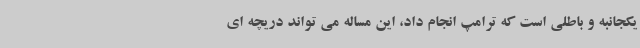
یکجانبه و باطلی است که ترامپ انجام داد، این مساله می تواند دریچه ای